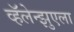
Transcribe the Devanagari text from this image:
व्हॅलेन्झुएला